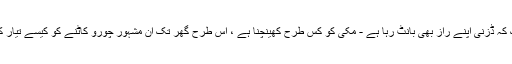
یہاں تک کہ ڈزنی اپنے راز بھی بانٹ رہا ہے - مکی کو کس طرح کھینچنا ہے ، اس طرح گھر تک ان مشہور چورو کاٹنے کو کیسے تیار کرنا ہے۔